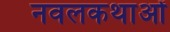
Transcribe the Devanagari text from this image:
नवलकथाओं